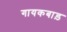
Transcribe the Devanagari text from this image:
गायकबाड़